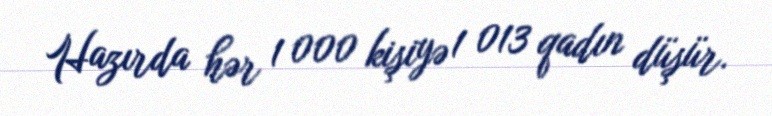
Hazırda hər 1 000 kişiyə 1 013 qadın düşür.